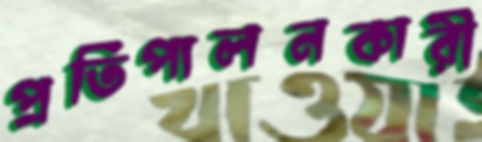
প্রতিপালনকারী